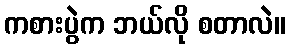
ကစားပွဲက ဘယ်လို စတာလဲ။